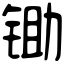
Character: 锄